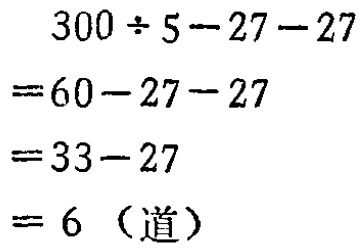
\[
\begin{align*}
&300\div5 - 27 - 27\\
=&60 - 27 - 27\\
=&33 - 27\\
=&6 \text{（道）}
\end{align*}
\]